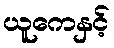
ယူကေနှင့်